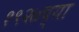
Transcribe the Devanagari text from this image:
१९२७च्या